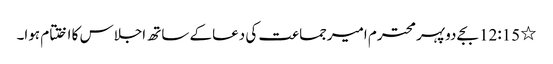
٭	12:15 بجے دوپہر محترم امیرجماعت کی دعاکے ساتھ اجلاس کا اختتام ہوا۔